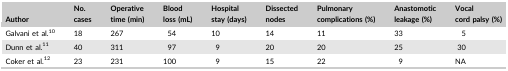
<table><thead><tr><td><b>Author</b></td><td><b>No. cases</b></td><td><b>Operative time (min)</b></td><td><b>Blood loss (mL)</b></td><td><b>Hospital stay (days)</b></td><td><b>Dissected nodes</b></td><td><b>Pulmonary complications (%)</b></td><td><b>Anastomotic leakage (%)</b></td><td><b>Vocal cord palsy (%)</b></td></tr></thead><tbody><tr><td>Galvani et al.10</td><td>18</td><td>267</td><td>54</td><td>10</td><td>14</td><td>11</td><td>33</td><td>5</td></tr><tr><td>Dunn et al.11</td><td>40</td><td>311</td><td>97</td><td>9</td><td>20</td><td>20</td><td>25</td><td>30</td></tr><tr><td>Coker et al.12</td><td>23</td><td>231</td><td>100</td><td>9</td><td>15</td><td>22</td><td>9</td><td>NA</td></tr></tbody></table>